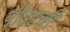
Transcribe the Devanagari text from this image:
पीटरची